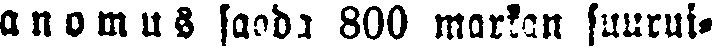
anomus saada 800 markan suurui-